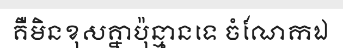
គឺមិនខុសគ្នាប៉ុន្មានទេ ចំណែកឯ